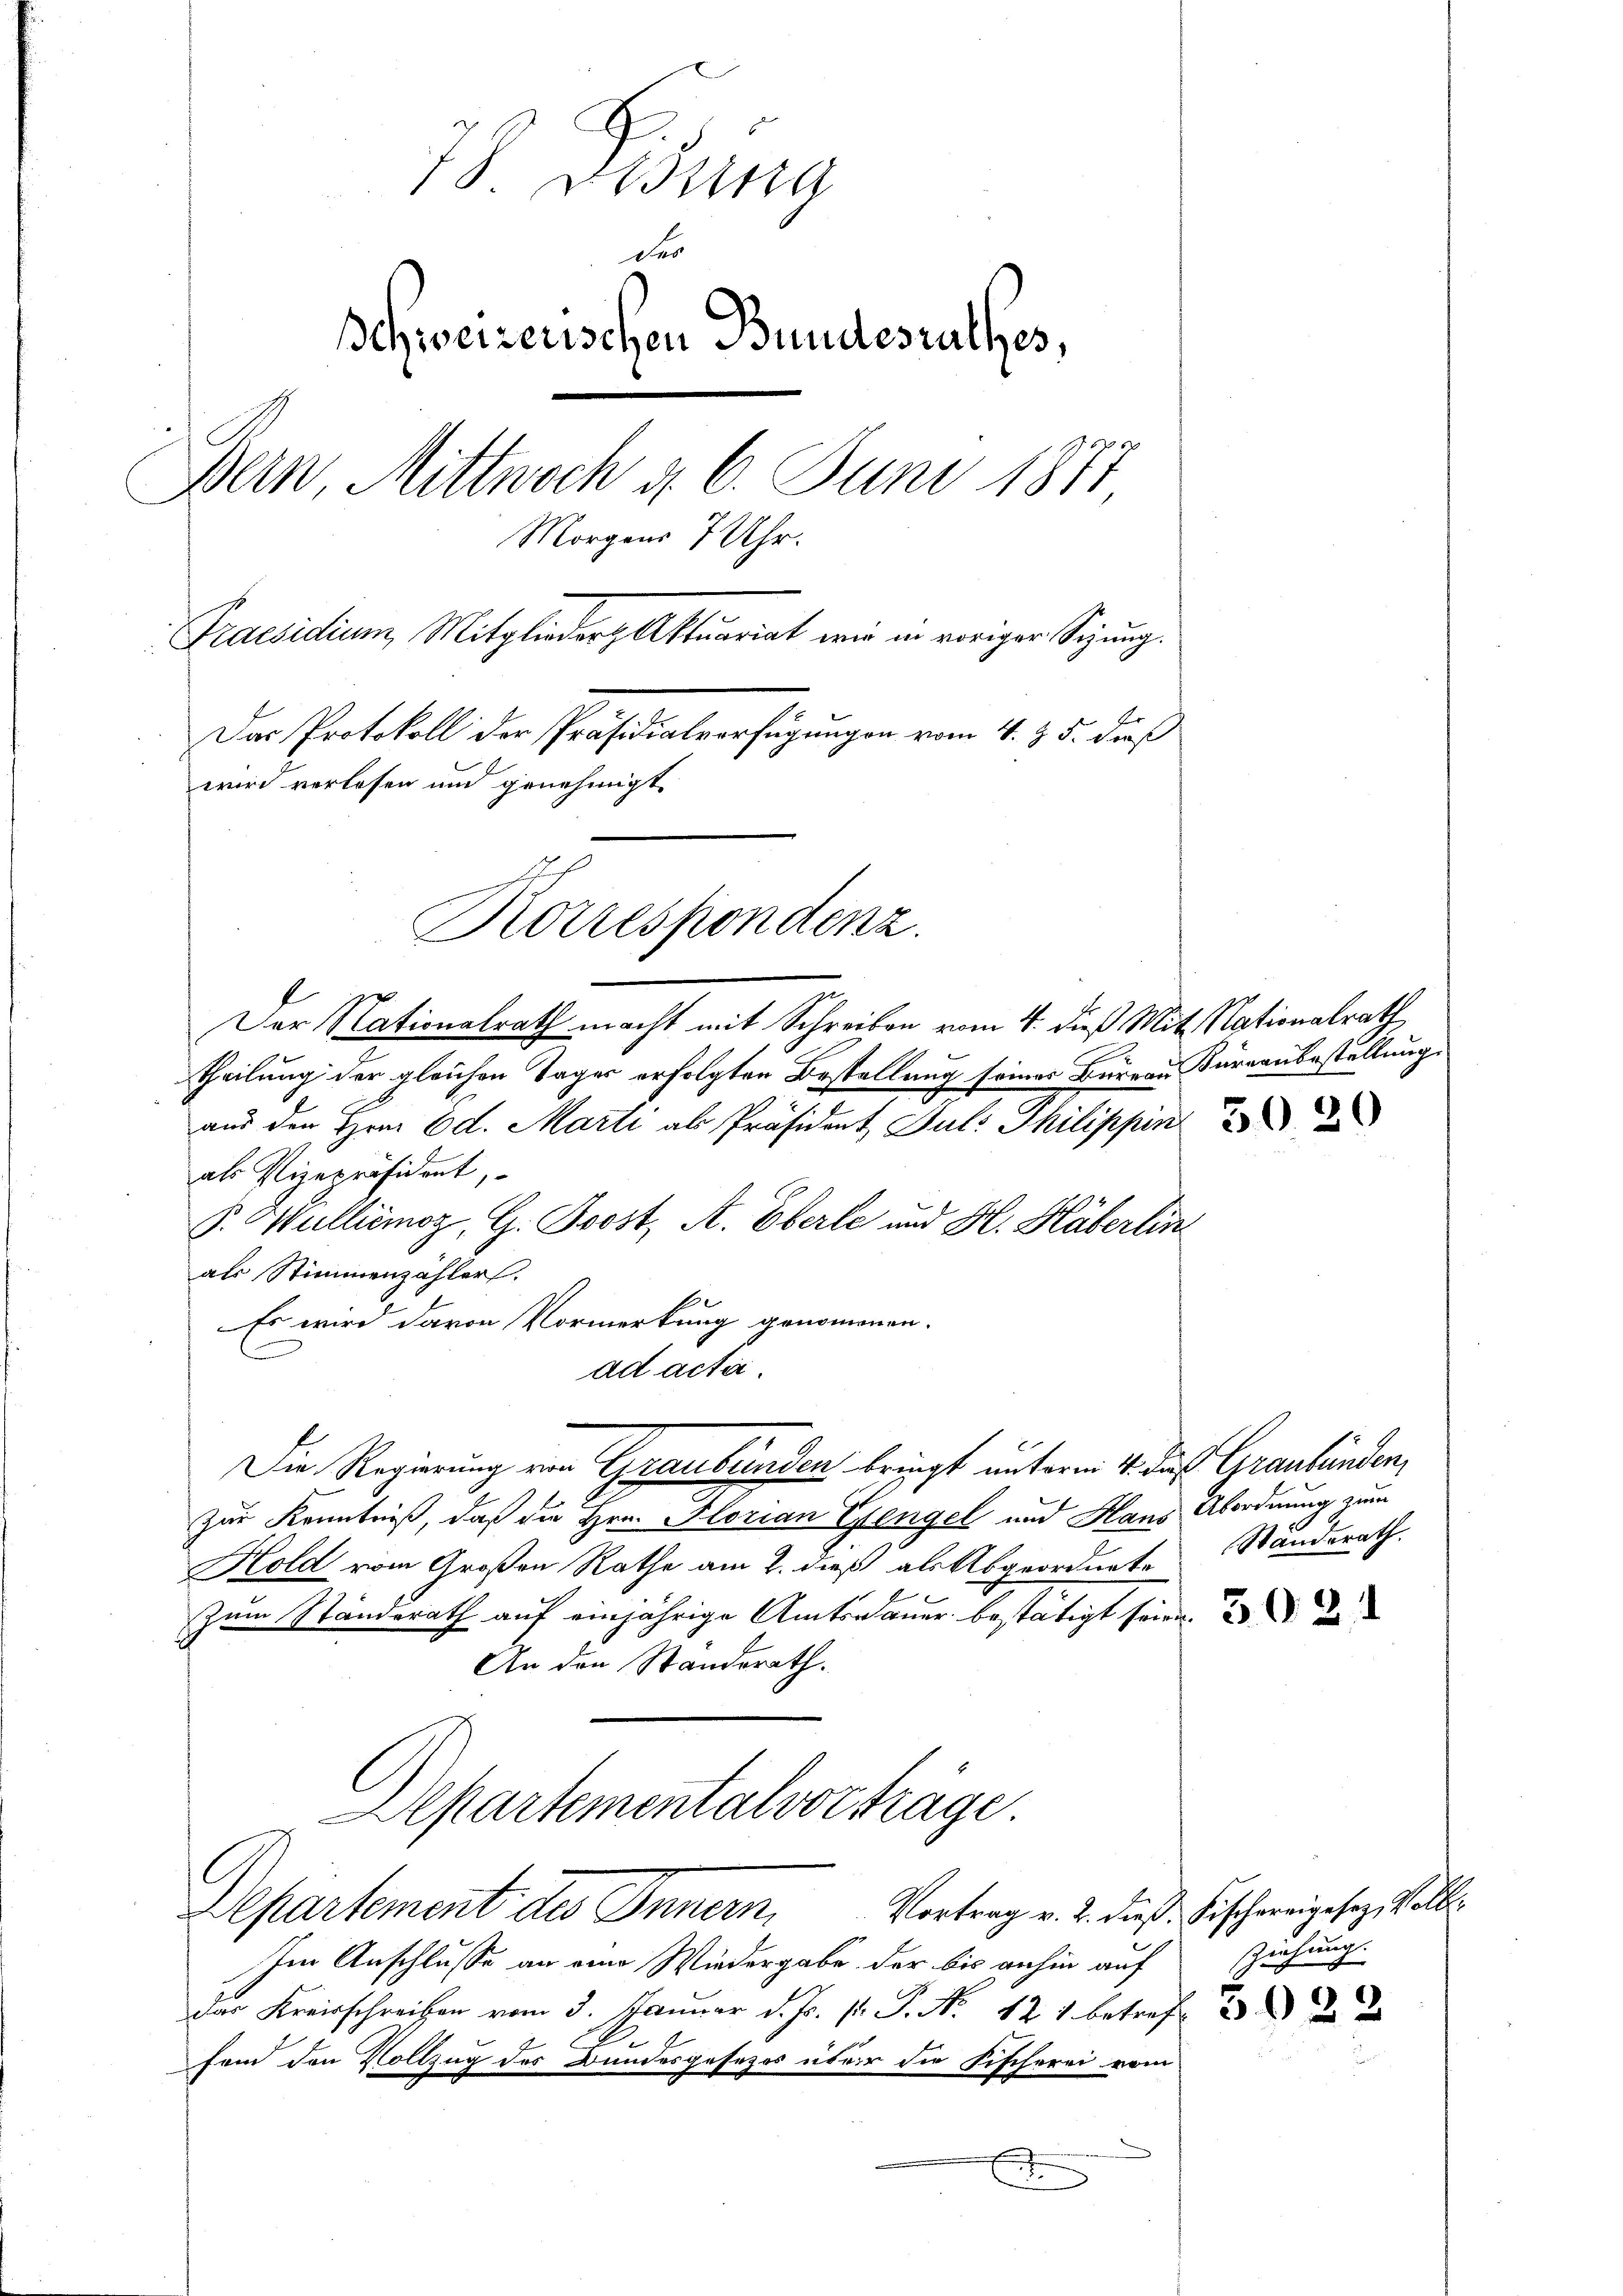
78 Ossing
Schweizerischen Bundesrathes,
Bern, Mittwoch d. 6. Juni 1871
Morgens 7 Uhr.
Praesidium, Mitglieder Aktuariat wir in voriger Segung.
Das Protokoll der Präsidialverfügungen vom 4. d. 5. dieß
wird verlesen und genehmigt.

Korrespondenz.

Der Nationalrath macht mit Schreiben vom 4. dieß Mit Nationalrath
theilung der gleichen Tages erfolgten Bestellung seines Bureau Büreaubestellung
aus den Hrn. Ed. Marti ab Präsident Jul. Philippin
als Vizepräsident,
P. Wulliémoz, G. Boost, A. Eberle und H. Häberlin
als Stimmenzähler.
Es wird davon Vormerkung genommenen.
ad acti
Die Regierung von Graubünden bringt unterm 4. des Graubünden,
Zur Kenntniß, daß die Hrn. Florian Gengel und Haus Abordnung zum
Hold vom Großen Rathe am 2. dieß als Abgeordnete Standerath
Zum Standsrath auf einjährige Amtsdauer bestätigt seine
An den Standerath.
Aepartementalvorträge.
Departement des Innern,
Im Anschlusse an eine Wiedergabe der bis anhin auf
der Kreisschreiben vom 3. Januar d. Js. pr. P. Nr. 121 betref d
fem den Vollzug des Bundesgesezes über die Fischerei vom

r

59. 21

Vortrag v. 2. dieß. Fischereigesez, Voll
Zeichung